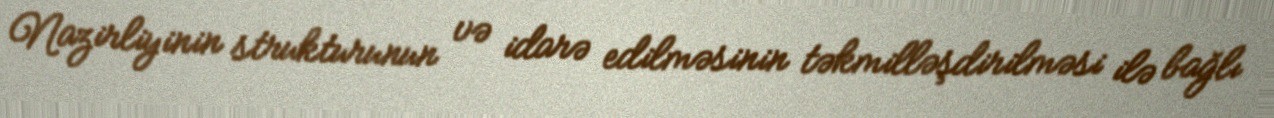
Nazirliyinin strukturunun və idarə edilməsinin təkmilləşdirilməsi ilə bağlı